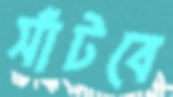
সাঁটবে